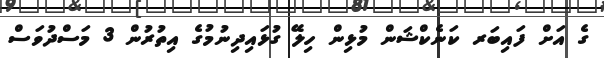
ގެ އަށް ފައިބަރ ކަނެކްޝަން މުޅިން ހިލޭ ގުޅައިދިނުމުގެ އިތުރުން 3 މަސްދުވަސް